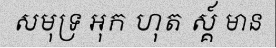
សមុទ្រ អុក ហុត ស្គ៍ មាន